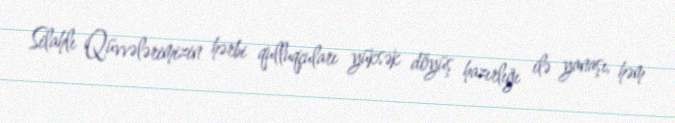
Silahlı Qüvvələrimizin hərbi qulluqçuları yüksək döyüş hazırlığı ilə yanaşı, həm